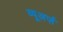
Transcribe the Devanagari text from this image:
व्यूअर्ज़